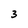
Character: 3